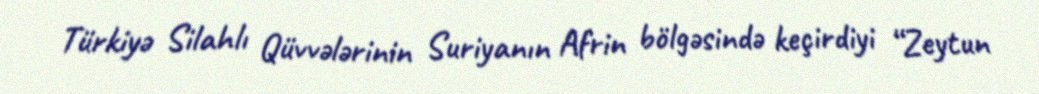
Türkiyə Silahlı Qüvvələrinin Suriyanın Afrin bölgəsində keçirdiyi “Zeytun